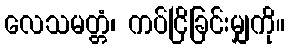
လေသမတ္တံ၊ ကပ်ငြိခြင်းမျှကို။